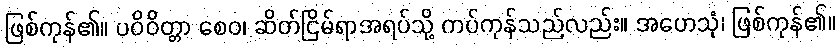
ဖြစ်ကုန်၏။ ပဝိဝိတ္တာ စေဝ၊ ဆိတ်ငြိမ်ရာအရပ်သို့ ကပ်ကုန်သည်လည်း။ အဟေသုံ၊ ဖြစ်ကုန်၏။